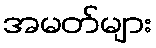
အမတ်များ